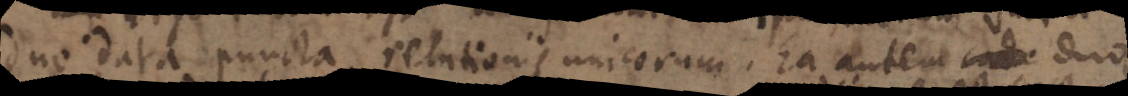
duo data puncta relationis unicorum. Ea autem eode duo